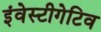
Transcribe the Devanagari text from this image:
इंवेस्टीगेटिव